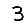
Digit: 3